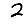
Digit: 2